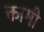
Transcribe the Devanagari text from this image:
क्तामी